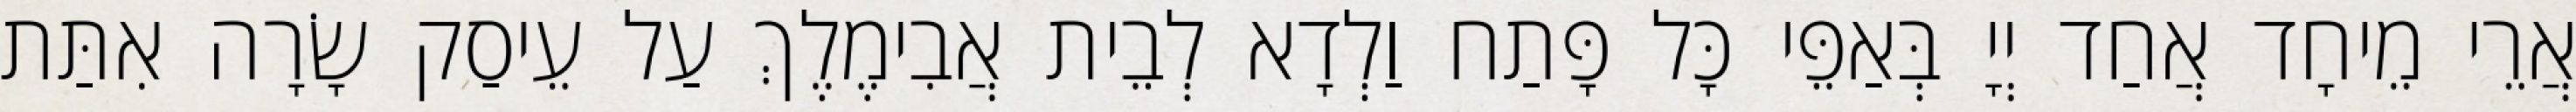
אֲרֵי מֵיחָד אֲחַד יְיָ בְּאַפֵּי כָּל פָּתַח וַלְדָא לְבֵית אֲבִימֶלֶךְ עַל עֵיסַק שָׂרָה אִתַּת